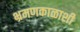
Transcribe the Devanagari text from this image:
भ्रमणकाळाशी